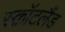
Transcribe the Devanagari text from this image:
स्क़ॉटलैंड